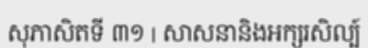
សុភាសិតទី ៣១ | សាសនានិងអក្សរសិល្ប៍